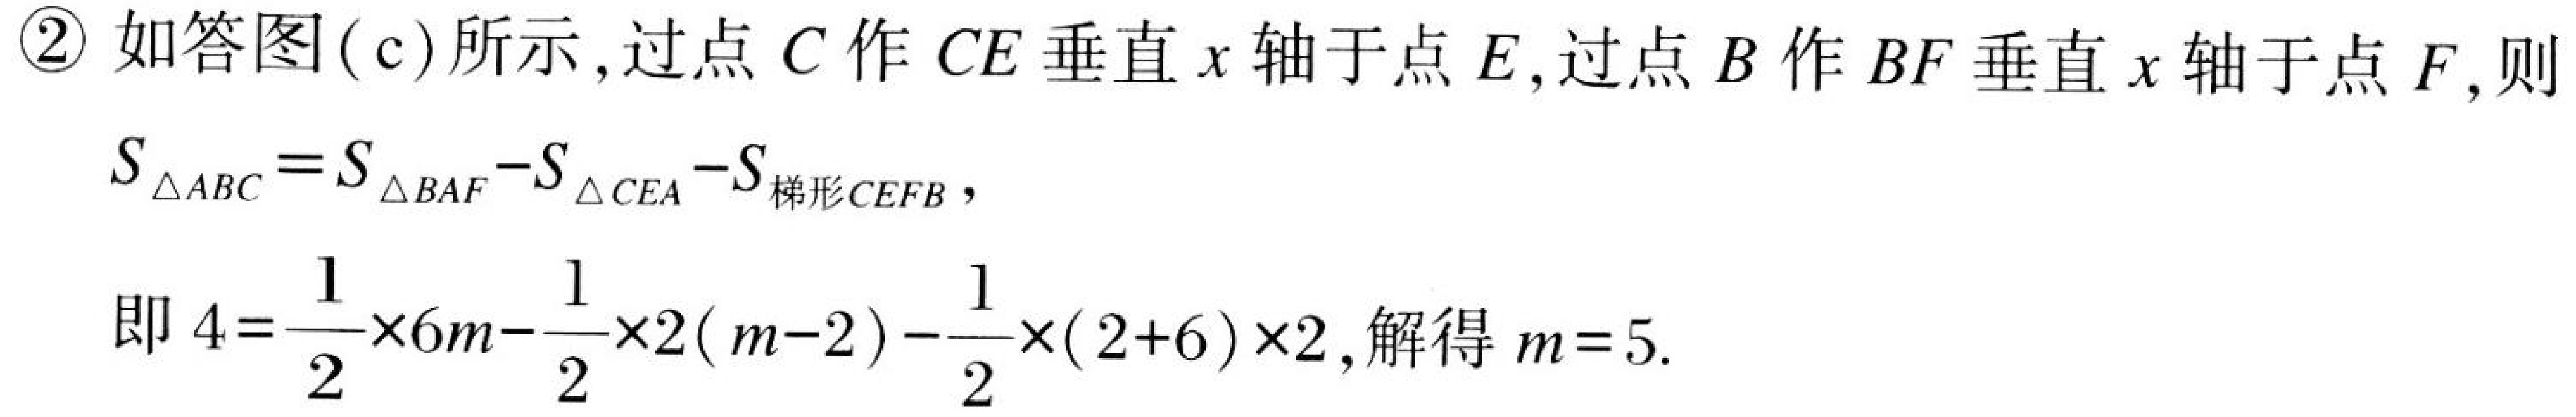
\textcircled{2} 如答图(c)所示,过点 \(C\) 作 \(CE\) 垂直 \(x\) 轴于点 \(E\),过点 \(B\) 作 \(BF\) 垂直 \(x\) 轴于点 \(F\),则
\(S_{\triangle ABC}=S_{\triangle BAF}-S_{\triangle CEA}-S_{梯形CEFB}\),
即 \(4 = \dfrac{1}{2}\times6m-\dfrac{1}{2}\times2(m - 2)-\dfrac{1}{2}\times(2 + 6)\times2\),解得 \(m = 5\).